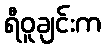
ရီဝူချင်းက